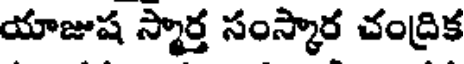
యాజుష స్మార్త సంస్కార చంద్రిక